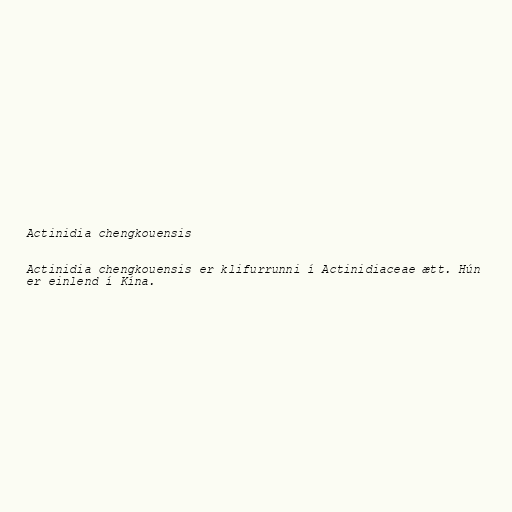
Actinidia chengkouensis

Actinidia chengkouensis er klifurrunni í Actinidiaceae ætt. Hún
er einlend í Kína.